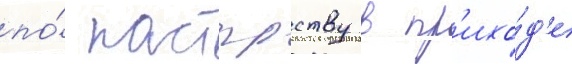
по́ пастырству в пр'ихо́д'е